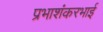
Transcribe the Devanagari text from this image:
प्रभाशंकरभाई